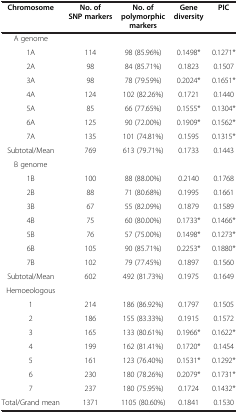
<table><thead><tr><td><b>Chromosome</b></td><td><b>No. of SNP markers</b></td><td><b>No. of polymorphic markers</b></td><td><b>Gene diversity</b></td><td><b>PIC</b></td></tr></thead><tbody><tr><td>A genome</td><td colspan="4"> </td></tr><tr><td>1A</td><td>114</td><td>98 (85.96%)</td><td>0.1498*</td><td>0.1271*</td></tr><tr><td>2A</td><td>98</td><td>84 (85.71%)</td><td>0.1823</td><td>0.1507</td></tr><tr><td>3A</td><td>98</td><td>78 (79.59%)</td><td>0.2024*</td><td>0.1651*</td></tr><tr><td>4A</td><td>124</td><td>102 (82.26%)</td><td>0.1721</td><td>0.1440</td></tr><tr><td>5A</td><td>85</td><td>66 (77.65%)</td><td>0.1555*</td><td>0.1304*</td></tr><tr><td>6A</td><td>125</td><td>90 (72.00%)</td><td>0.1909*</td><td>0.1562*</td></tr><tr><td>7A</td><td>135</td><td>101 (74.81%)</td><td>0.1595</td><td>0.1315*</td></tr><tr><td>Subtotal/Mean</td><td>769</td><td>613 (79.71%)</td><td>0.1733</td><td>0.1443</td></tr><tr><td>B genome</td><td colspan="4"> </td></tr><tr><td>1B</td><td>100</td><td>88 (88.00%)</td><td>0.2140</td><td>0.1768</td></tr><tr><td>2B</td><td>88</td><td>71 (80.68%)</td><td>0.1995</td><td>0.1661</td></tr><tr><td>3B</td><td>67</td><td>55 (82.09%)</td><td>0.1879</td><td>0.1589</td></tr><tr><td>4B</td><td>75</td><td>60 (80.00%)</td><td>0.1733*</td><td>0.1466*</td></tr><tr><td>5B</td><td>76</td><td>57 (75.00%)</td><td>0.1498*</td><td>0.1273*</td></tr><tr><td>6B</td><td>105</td><td>90 (85.71%)</td><td>0.2253*</td><td>0.1880*</td></tr><tr><td>7B</td><td>102</td><td>79 (77.45%)</td><td>0.1897</td><td>0.1560</td></tr><tr><td>Subtotal/Mean</td><td>602</td><td>492 (81.73%)</td><td>0.1975</td><td>0.1649</td></tr><tr><td>Hemoeologous</td><td colspan="4"> </td></tr><tr><td>1</td><td>214</td><td>186 (86.92%)</td><td>0.1797</td><td>0.1505</td></tr><tr><td>2</td><td>186</td><td>155 (83.33%)</td><td>0.1915</td><td>0.1572</td></tr><tr><td>3</td><td>165</td><td>133 (80.61%)</td><td>0.1966*</td><td>0.1622*</td></tr><tr><td>4</td><td>199</td><td>162 (81.41%)</td><td>0.1720*</td><td>0.1454</td></tr><tr><td>5</td><td>161</td><td>123 (76.40%)</td><td>0.1531*</td><td>0.1292*</td></tr><tr><td>6</td><td>230</td><td>180 (78.26%)</td><td>0.2079*</td><td>0.1731*</td></tr><tr><td>7</td><td>237</td><td>180 (75.95%)</td><td>0.1724</td><td>0.1432*</td></tr><tr><td>Total/Grand mean</td><td>1371</td><td>1105 (80.60%)</td><td>0.1841</td><td>0.1530</td></tr></tbody></table>